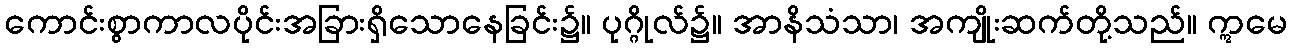
ကောင်းစွာကာလပိုင်းအခြားရှိသောနေခြင်း၌။ ပုဂ္ဂိုလ်၌။ အာနိသံသာ၊ အကျိုးဆက်တို့သည်။ ဣမေ